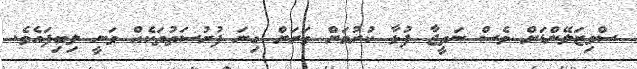
ސްވިޒަލޭންޑަށް ވެސް ނަތީޖާ ފުޅާ ކުރުމަށް ވަރަށް ގިނަ ފުރުސަތުތަކެއް ވަނީ ލިބިފައެވެ.